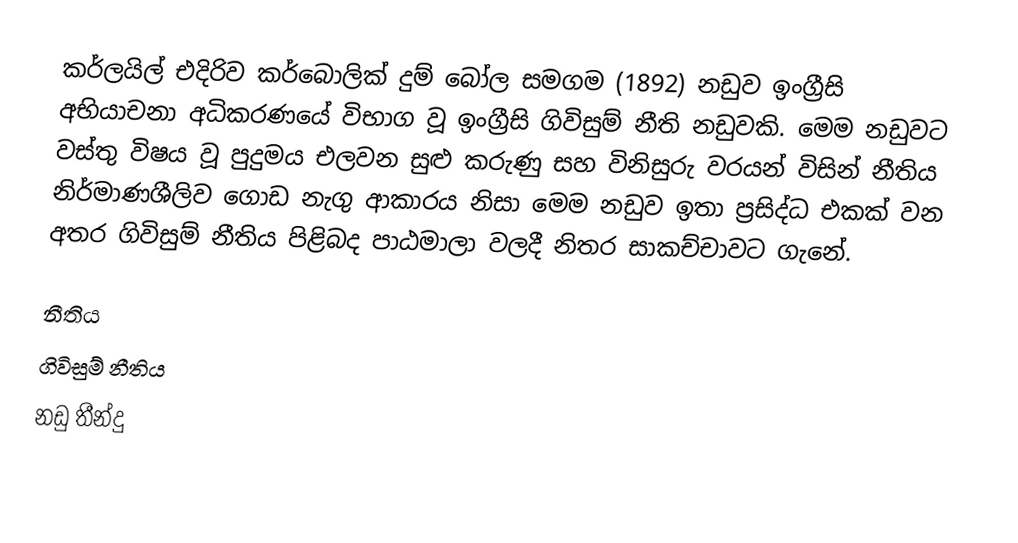
කර්ලයිල් එදිරිව කර්බොලික් දුම් බෝල සමගම (1892) නඩුව ඉංග්‍රීසි අභියාචනා අධිකරණයේ විභාග වූ ඉංග්‍රීසි ගිවිසුම් නීති නඩුවකි. මෙම නඩුවට වස්තු විෂය වූ පුදුමය එලවන සුළු කරුණු සහ විනිසුරු වරයන් විසින් නීතිය නිර්මාණශීලිව ගොඩ නැගු ආකාරය නිසා මෙම නඩුව ඉතා ප්‍රසිද්ධ එකක් වන අතර ගිවිසුම් නීතිය පිළිබද පාඨමාලා වලදී නිතර සාකච්චාවට ගැනේ.

නීතිය
ගිවිසුම් නීතිය
නඩු තීන්දු